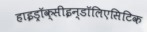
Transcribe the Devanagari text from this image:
हाइड्रॉक्सीइन्डॉलिएसिटिक